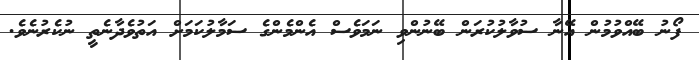
ފޯނު ބޭއްވުމުން އޭނާ ސުވާލުކުރަން ބޭނުންވި ނަމަވެސް އެންމެންގެ ސަމާލުކަމަށް އަތުވެދާނެތީ ނުކެރުނެވެ.